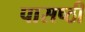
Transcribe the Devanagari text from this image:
पासष्ठी